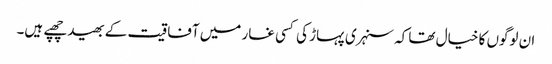
ان لوگوں کا خیال تھا کہ سنہری پہاڑ کی کسی غار میں آفاقیت کے بھید چھپے ہیں۔